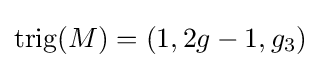
{\rm {trig}}(M)=(1,2g-1,g_{3})